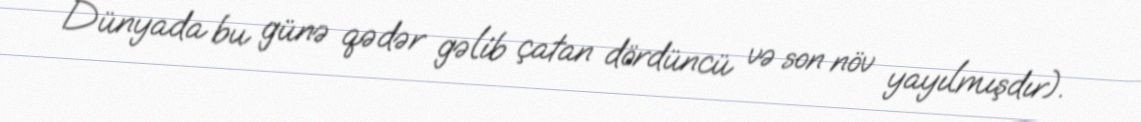
Dünyada bu günə qədər gəlib çatan dördüncü və son növ yayılmışdır).